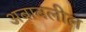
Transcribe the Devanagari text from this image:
अबाबलील